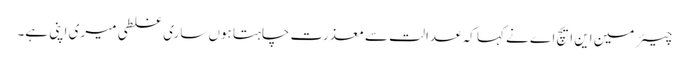
چیئر مین این ایچ اے نے کہا کہ عدالت سے معذرت چاہتا ہوں ساری غلطی میری اپنی ہے۔